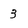
Character: 3